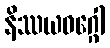
နိဿယဝဂ္ဂေါ